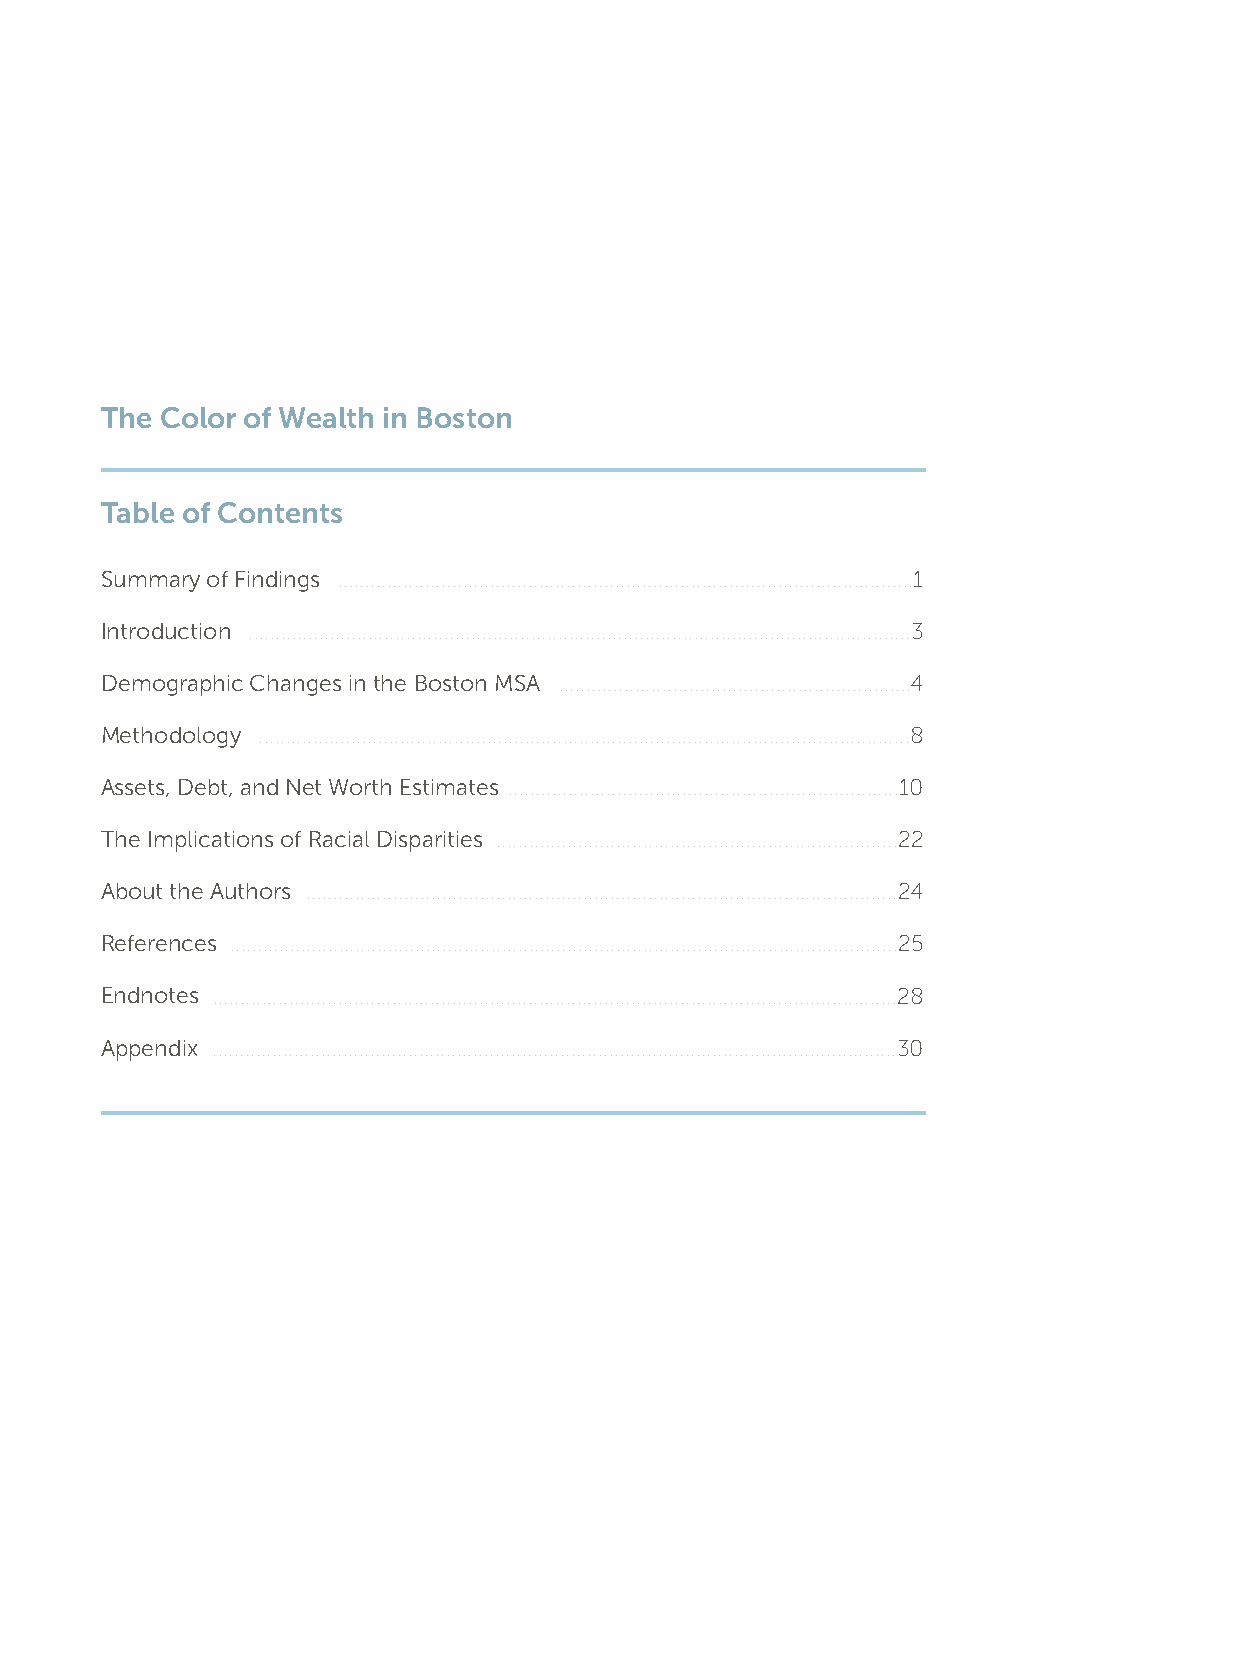
The Color of Wealth in Boston
 Table of Contents
 Summary of Findings ..........................................................................................................1
 Introduction ..........................................................................................................................3
 Demographic Changes in the Boston MSA .................................................................4
 Methodology ........................................................................................................................8
 Assets, Debt, and Net Worth Estimates ........................................................................10
 The Implications of Racial Disparities ..........................................................................22
 About the Authors .............................................................................................................24
 References ...........................................................................................................................25
 Endnotes ..............................................................................................................................28
 Appendix ..............................................................................................................................30